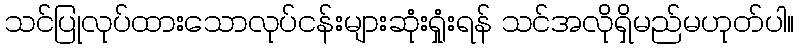
သင်ပြုလုပ်ထားသောလုပ်ငန်းများဆုံးရှုံးရန် သင်အလိုရှိမည်မဟုတ်ပါ။